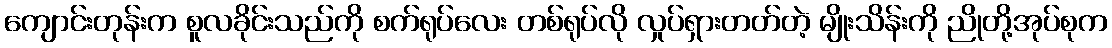
ကျောင်းတုန်းက စူလခိုင်းသည်ကို စက်ရုပ်လေး တစ်ရုပ်လို လှုပ်ရှားတတ်တဲ့ မျိုးသိန်းကို ညိုတို့အုပ်စုက